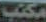
مكتب